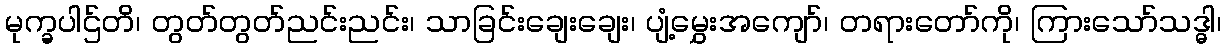
မုက္ခပါဌ်တိ၊ တွတ်တွတ်ညင်းညင်း၊ သာခြင်းချေးချေး၊ ပျံ့မွှေးအကျော်၊ တရားတော်ကို၊ ကြားသော်သဒ္ဓါ၊